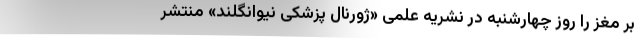
بر مغز را روز چهارشنبه در نشریه علمی «ژورنال پزشکی نیوانگلند» منتشر